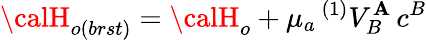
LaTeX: {\calH}_{o(brst)}={\calH}_{o}+\mu_{a}\, {}^{(1)}V_{B}^{\mathbf{A}}\, c^{B}